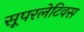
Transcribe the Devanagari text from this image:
सूपरलेटिवस